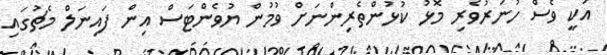
އަކީ ވެސް ހުނަރުވެރި މޮޅު ކުޅުންތެރިންނަށް ވުމުން ޔުވެންޓަސް އިން ފައިނަލް މެޗުގައި